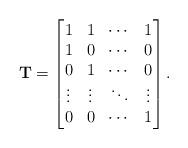
LaTeX: \begin{align*} \mathbf{T}=\begin{bmatrix} 1 &1 &\cdots &1\\ 1 &0 &\cdots &0\\ 0 &1 &\cdots &0\\ \vdots &\vdots &\ddots &\vdots\\ 0 &0 &\cdots &1 \end{bmatrix}.\end{align*}